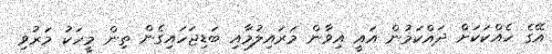
އޭގެ ހެއްކަކަށް ދައްކަމުން އައީ އިވާން މަރައިލުމާއި ބަޑިޖަހައިގެން ތިން މީހަކު މަރުވި